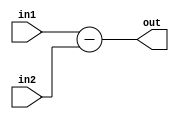
module subtract(input [31:0]in1, in2, output [31:0]out);

assign out = in1 - in2;

endmodule